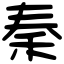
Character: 秦